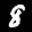
Label: 8